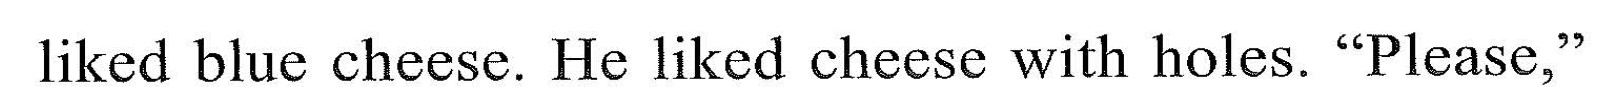
liked hlu chcese. He liked cheesc with holcs. '"Pleasc."